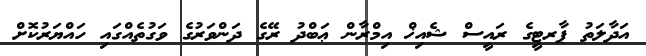
އަދާލަތު ޕާރޓީގެ ރައީސް ޝެއިޚް އިމްރާން ޢަބްދު ރޭގެ ދަންވަރުގެ ވަގުތެއްގައި ހައްޔަރުކޮށް